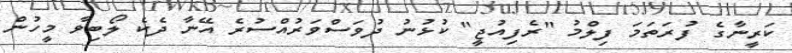
ކަރީނާގެ ފުރަތަމަ ފިލްމު "ރެފިއުޖީ" ކުޅުނު ދުވަސްވަރުއްސުރެ އޭނާ ދެކެ ލޯބިވާ މީހުން